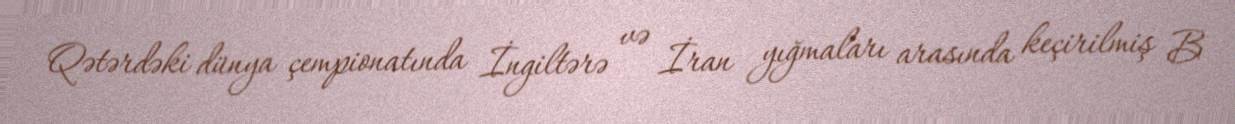
Qətərdəki dünya çempionatında İngiltərə və İran yığmaları arasında keçirilmiş B